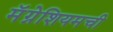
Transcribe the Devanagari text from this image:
मॅग्नेशियमची